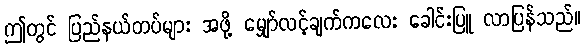
ဤတွင် ပြည်နယ်တပ်များ အဖို့ မျှော်လင့်ချက်ကလေး ခေါင်းပြူ လာပြန်သည်။